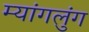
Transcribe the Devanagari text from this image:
म्यांगलुंग